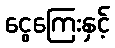
ငွေကြေးနှင့်